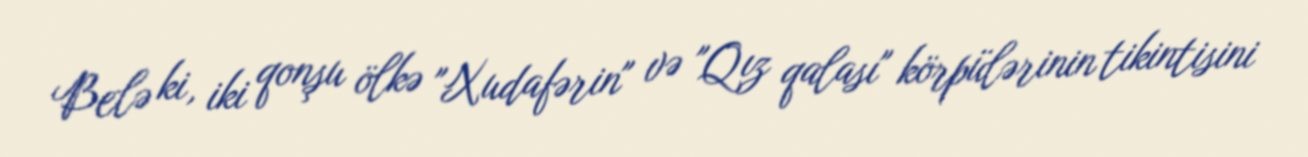
Belə ki, iki qonşu ölkə "Xudafərin" və "Qız qalası" körpülərinin tikintisini